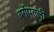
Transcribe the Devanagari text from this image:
बर्गेपल्ली